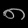
Digit: ၈